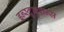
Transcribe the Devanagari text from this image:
इन्स्ट्र्क्शन्स